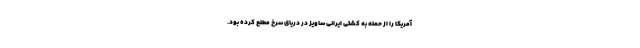
آمریکا را از حمله به کشتی ایرانی ساویز در دریای سرخ مطلع کرده بود.